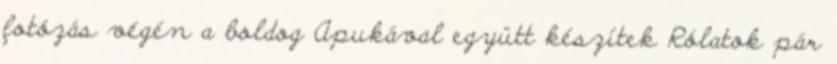
fotózás végén a boldog Apukával együtt készítek Rólatok pár